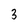
Character: 3